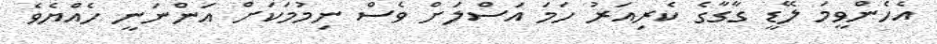
އެހެންވީމަ ލޭޑީ ގާގާގެ ކެރިއަރު ހަމަ އަސްލަށް ވެސް ނިމުމަކަށް އަންނަނީ ހެއްޔެވެ